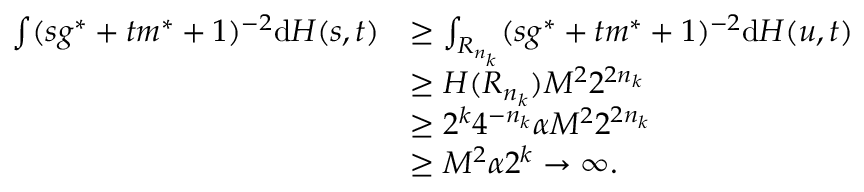
\begin{array} { r l } { \int ( s g ^ { * } + t m ^ { * } + 1 ) ^ { - 2 } \mathrm { d } H ( s , t ) } & { \geq \int _ { R _ { n _ { k } } } ( s g ^ { * } + t m ^ { * } + 1 ) ^ { - 2 } \mathrm { d } H ( u , t ) } \\ & { \geq H ( R _ { n _ { k } } ) M ^ { 2 } 2 ^ { 2 n _ { k } } } \\ & { \geq 2 ^ { k } 4 ^ { - n _ { k } } \alpha M ^ { 2 } 2 ^ { 2 n _ { k } } } \\ & { \geq M ^ { 2 } \alpha 2 ^ { k } \to \infty . } \end{array}